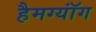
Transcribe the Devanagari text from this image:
हैमग्यॉंग